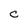
Character: C